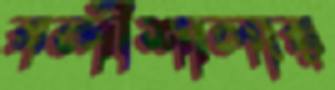
বন্দীশালার